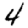
Digit: 4